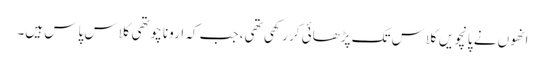
انھوں نے پانچویں کلاس تک پڑھائی کر رکھی تھی، جب کہ ارونا چوتھی کلاس پاس ہیں۔